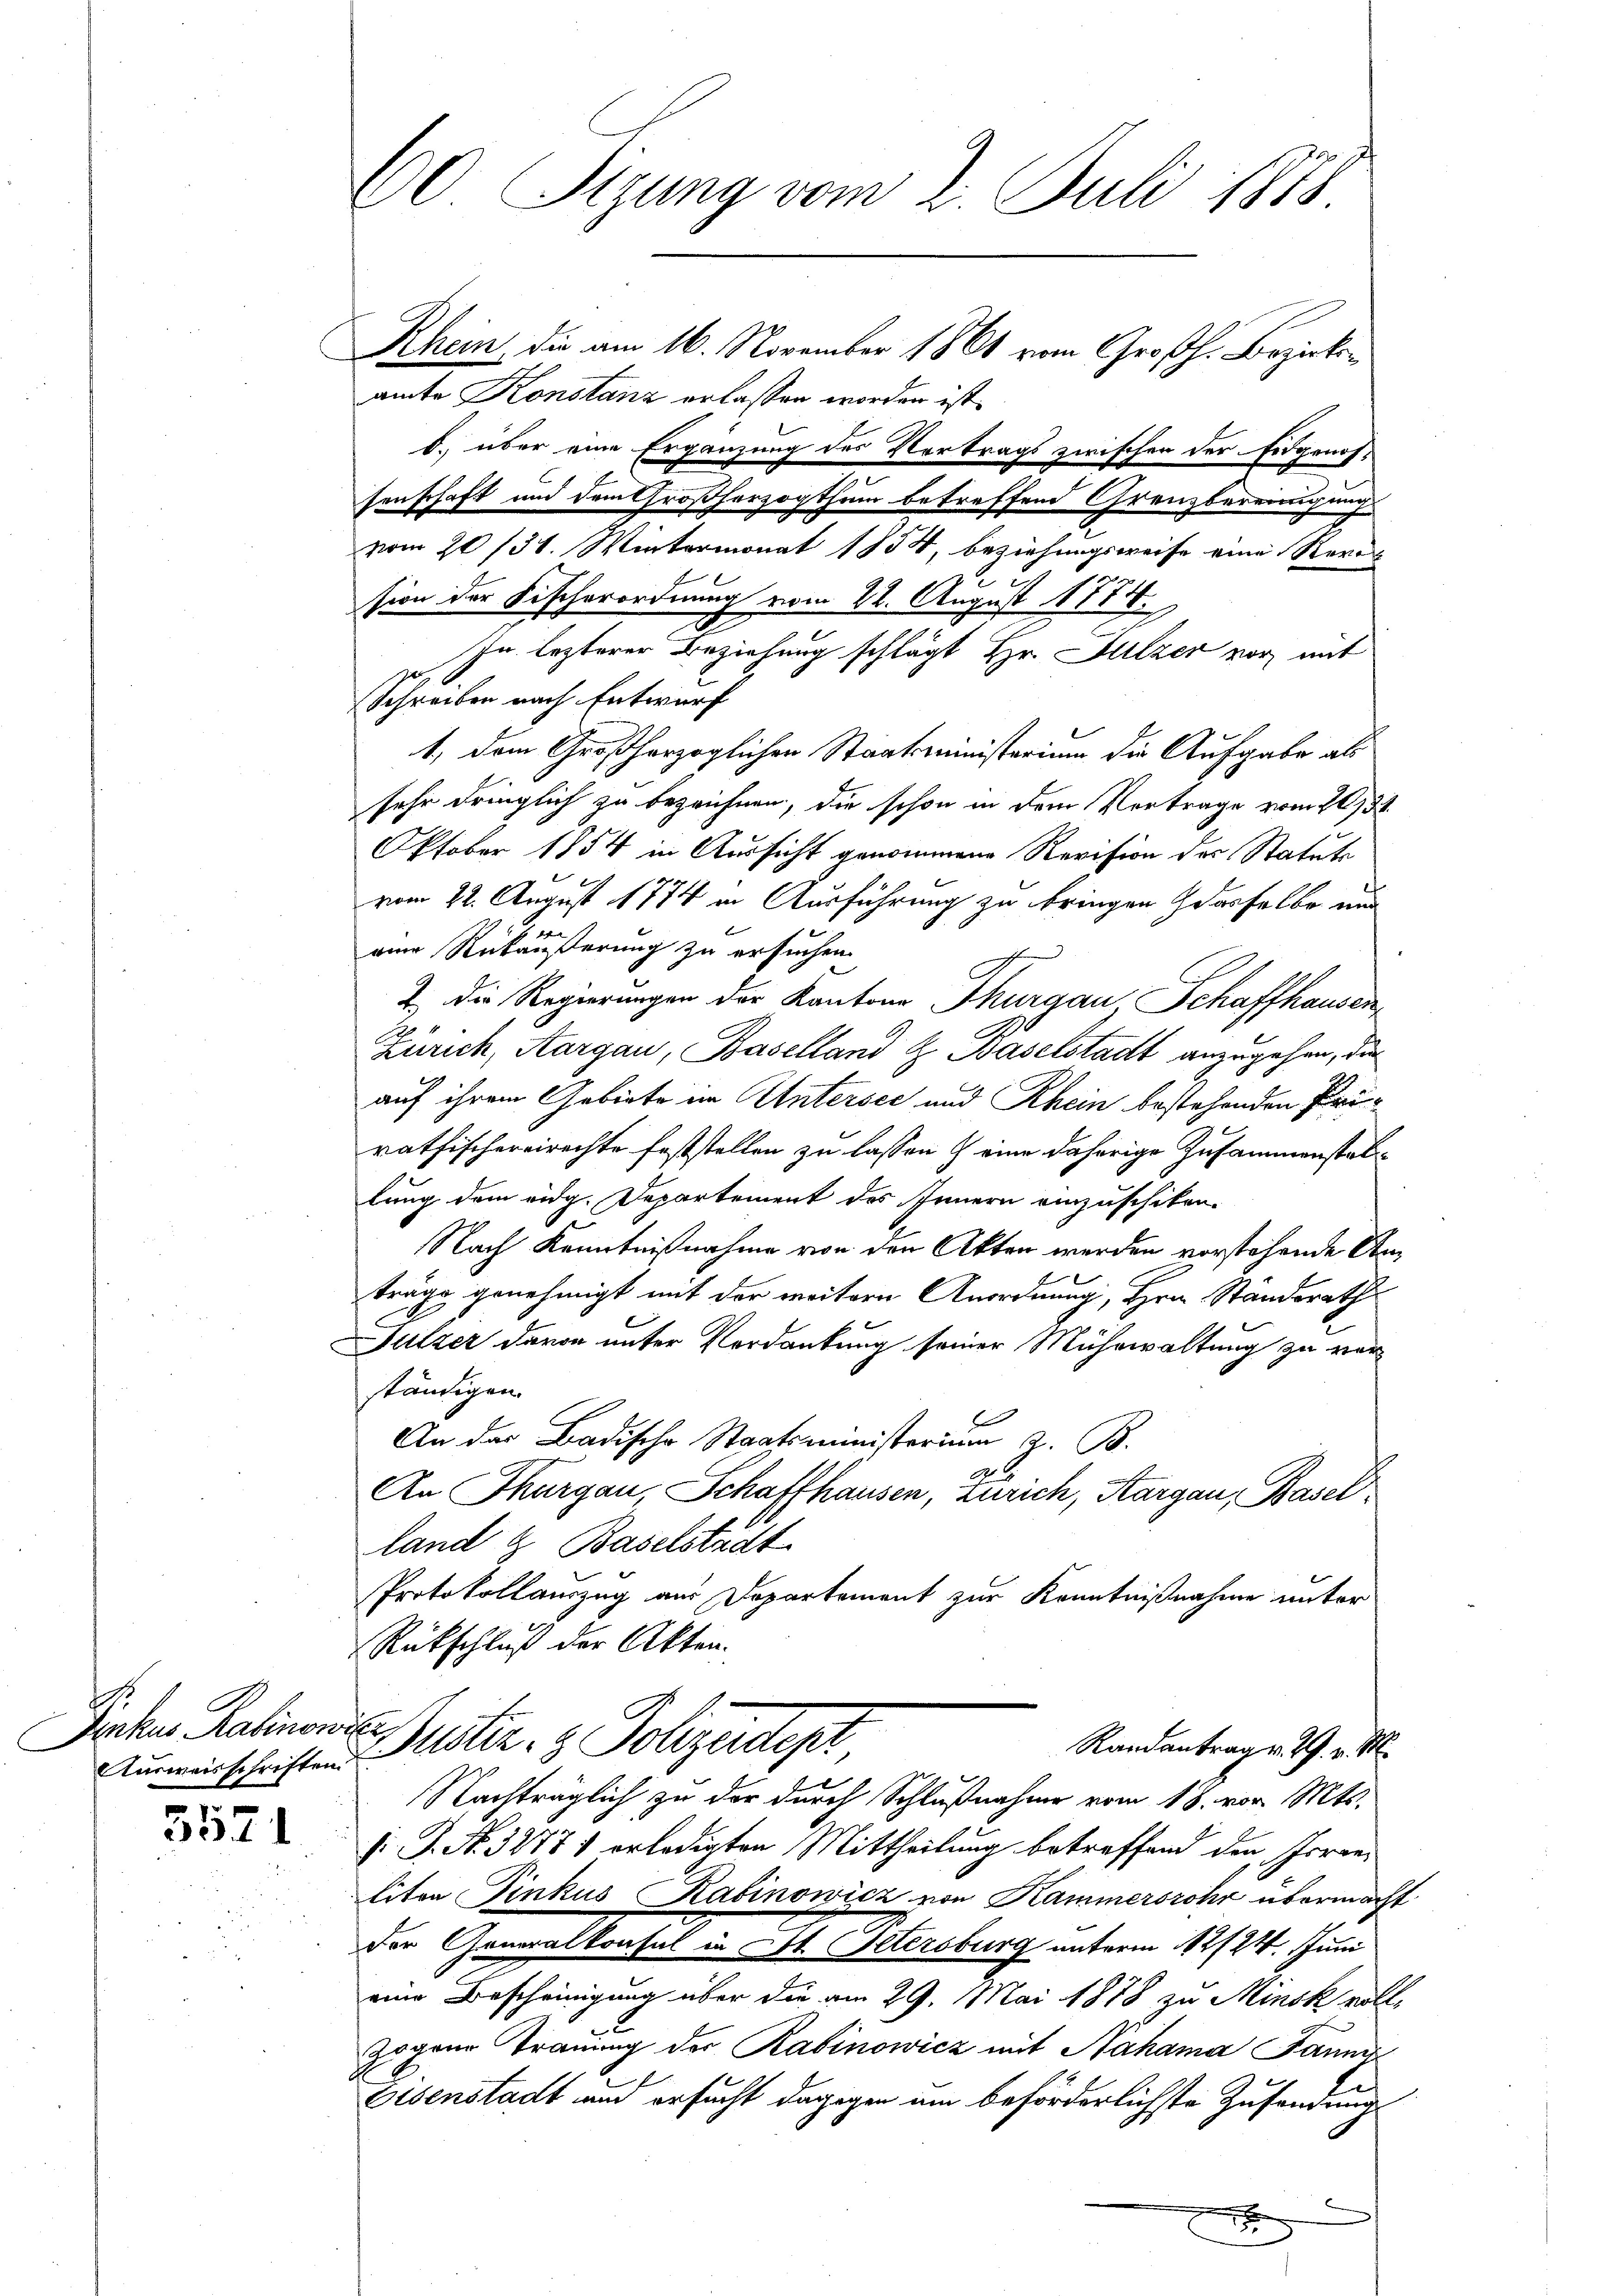
.
Jiakus Kabinowitz
Ausweisschriften.

5521

60 Sizung vom 2. Juli 1878

Rhein, die am 16. November 1861 vom Großh. Bezirksamte Konstanz erlassen worden ist.
b. über eine Ergänzung des Vertrags zwischen der Eidgenos-
senschaft und dem Großherzogthum betreffend Grenzbereinigung
vom 20/3. Wintermonat 1854, beziehungsweise eine Kern
l
sion der Fischerordnung vom 22. August 1874.
In lezterer Beziehung schlägt Hr. Sulzer vor mit
0
Schreiben nach Entwurf
1, dem Großherzoglichen Staatsministerium die Aufgabe als
sehr dringlich zu bezeichnen, die schon in dem Vortrage vom 28. 38.
Oktober 1854 in Aussicht genommene Revision des Statute
vom 22. August 1774 in Ausführung zu bringen dasselbe nur
aine Rückäußerung zu ersuchen.
2. Die Regierungen der Kantons Thurgau Schaffhausen
Zürich, Aargau, Baselland & Baselstadt anzugehen, die
auf ihrem Gebiete im Untersec und Rhein bestehenden Prirathischereirechte feststellen zu lassen & eine daherige Zusammenstallung dem eidg. Departement des Innern einzuschiken.
Nach Kenntnißnahme von den Akten werden vorstehende Anträge genehmigt mit der weitern Anordnung, Hrn. Standsrath
Fulzer davon unter Verdankung seiner Mühewaltung zu verständigen.
E
An das Badische Staatsministerium z. B.
An Thurgau, Schaffhausen, Zürich, Aargau, Basel
land & Baselstadt
Protokollauszug aus Departement zur Kenntnißnahme unter
Rückschluß der Akten.
Justiz- & Polizeidept
Randantrag v. 29. v. M.
Nachträglich zu der durch Schlußnahme vom 18. von Mts.
s: P. Nr. 32771 erledigten Mittheilung betreffend den Irraeliten Pinkus Kabinowicz von Kammersrohr übermacht.
Der Generalkonsul u. St. Petersburg unterm 12/24. Juni
eine Bescheinigung über die am 29. Mai 1878 zu Minsk vollzogene Trauung der Rabinowicz mit Nahama Jauner¬
Eisenstadt und ersucht dagegen am beförderlichste Zusendung
e
x
 e
x